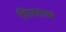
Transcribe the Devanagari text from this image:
गिरटाब